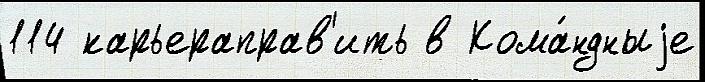
114 карьераправ'ить в Кома́ндныjе